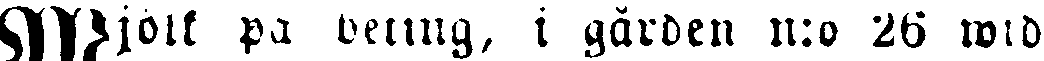
Mjölk på deting, i gården n:o 26 wid